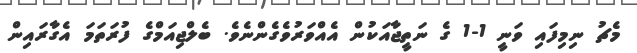
މެޗު ނިމިފައި ވަނީ 1-1 ގެ ނަތީޖާއަކުން އެއްވަރުވެގެންނެވެ. ބެލްޖިއަމްގެ ފުރަތަމަ އެގާރައިން